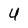
Character: U